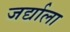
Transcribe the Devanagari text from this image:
जर्द्याला